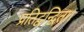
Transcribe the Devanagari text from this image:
प्रतिद्वन्द्विता।